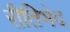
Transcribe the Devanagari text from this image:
रीतिभेद